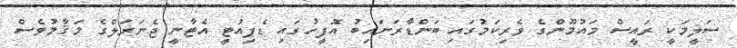
ސަލީމަކީ ރައީސް މައުމޫންގެ ވެރިކަމުގައި ބަންޑާރަނައިބު އޮފީހުގައި ޑެޕިއުޓީ އެޓާނީ ޖެނަރަލްގެ މަޤާމުވެސް